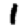
Digit: 1